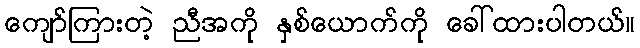
ကျော်ကြားတဲ့ ညီအကို နှစ်ယောက်ကို ခေါ်ထားပါတယ်။